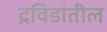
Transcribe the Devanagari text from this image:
द्रविडांतील